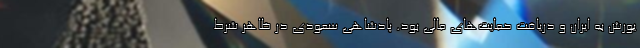
یورش به ایران و دریافت حمایت‌های مالی بود. پادشاهی سعودی در ظاهر شرط